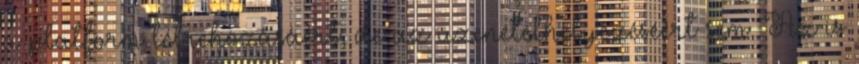
a platform létrehozásáért, de az üzenetelhelyezéséért sem. Az is